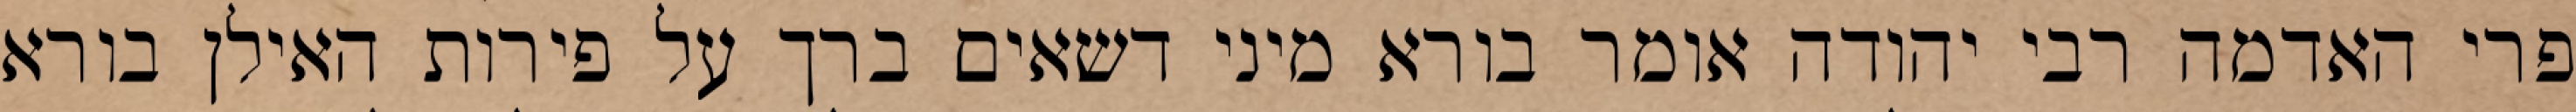
פרי האדמה רבי יהודה אומר בורא מיני דשאים ברך על פירות האילן בורא